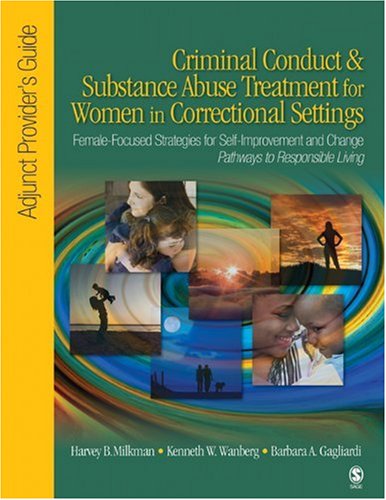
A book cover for Criminal Conduct and Substance Abuse Treatment for Women in Correctional Settings: Adjunct Provider's Guide: Female-Focused Strategies for Self-Improvement and Change-Pathways to Responsible Living; Harvey B. Milkman; Health, Fitness & Dieting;